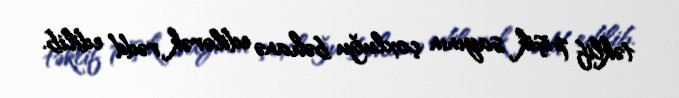
təklif pişik sayının çoxluğu bəhanə edilərək rədd edilib.